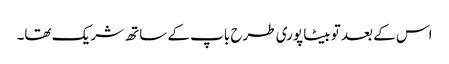
اس کے بعد تو بیٹا پوری طرح باپ کے ساتھ شریک تھا۔